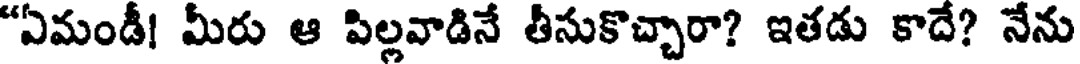
"ఏమండీ! మీరు ఆ పిల్లవాడినే తీసుకొచ్చారా? ఇతడు కాదే? నేను